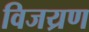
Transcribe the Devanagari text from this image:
विजय्रण